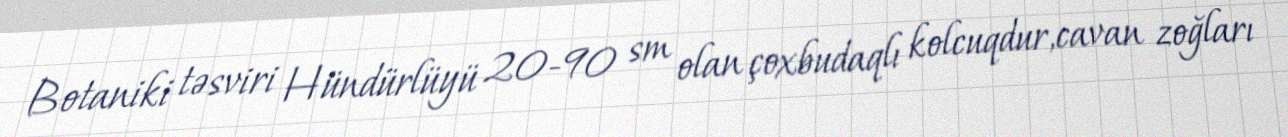
Botaniki təsviri Hündürlüyü 20-90 sm olan çoxbudaqlı kolcuqdur,cavan zoğları